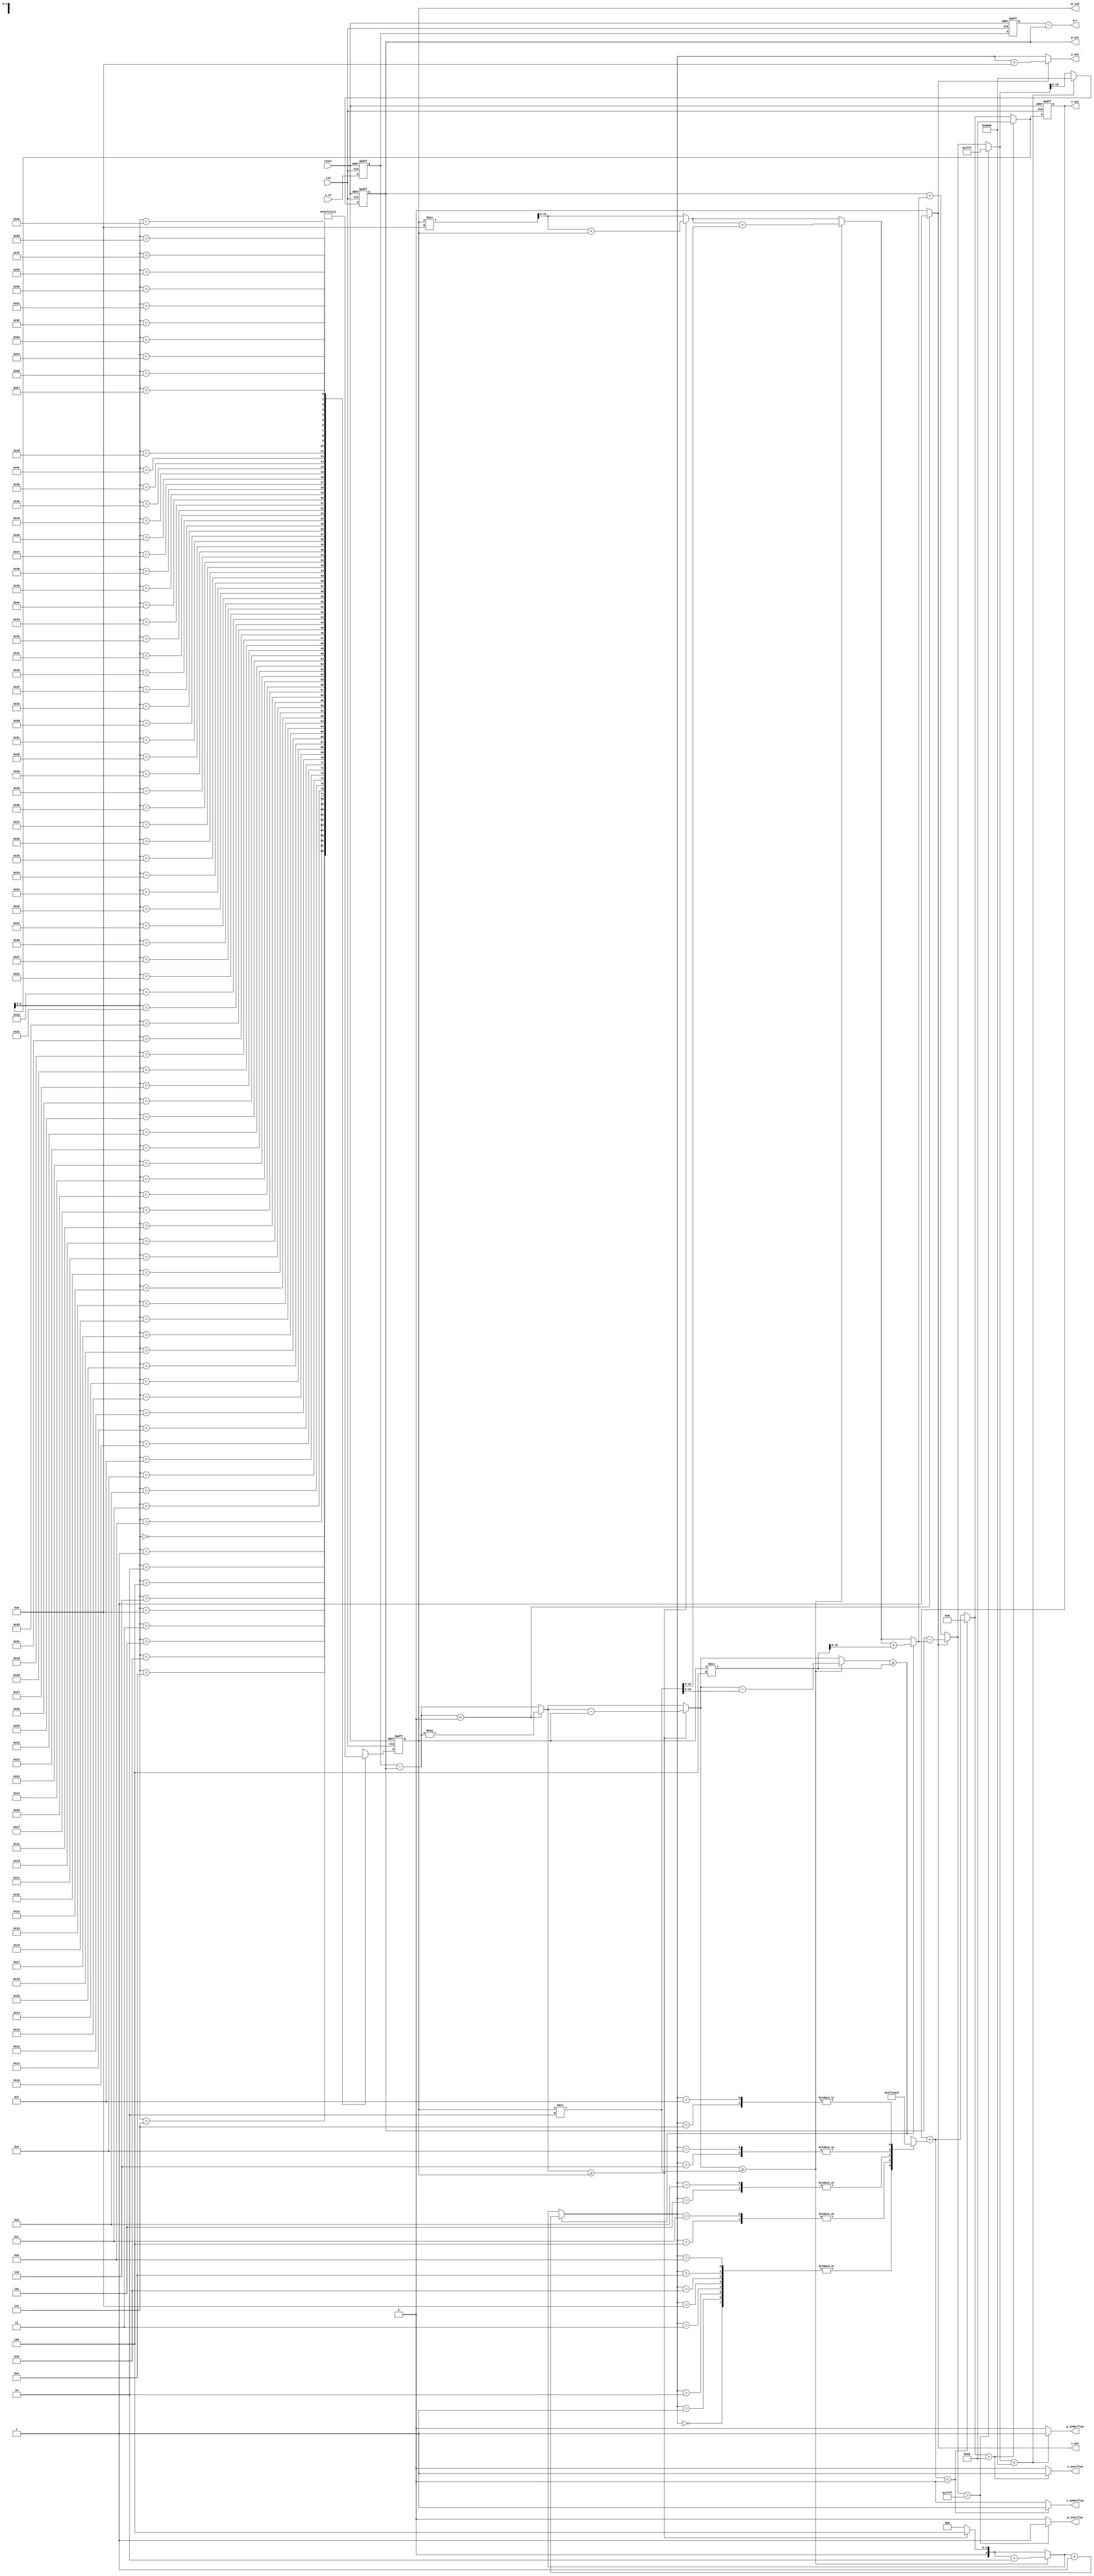
//*********************************************************
// IEEE STD 1364-2001 Verilog file: adpcm.v
// Author-EMAIL: Uwe.Meyer-Baese@ieee.org
//*********************************************************

module adpcm  //----> Interface
( input clk,  // System clock
  input reset,  // Asynchron reset
  input signed [15:0] x_in,  // Input to encoder
  output [3:0] y_out,  // 4 bit ADPCM coding word
  output signed [15:0] p_out, // Predictor/decoder output
  output reg p_underflow, p_overflow, // Predictor flags
  output signed [7:0] i_out,  // Index to table
  output reg i_underflow, i_overflow, // Index flags
  output signed [15:0] err,  // Error of system
  output [14:0] sz_out,  // Step size
  output s_out);  // Sign bit

// --------------------------------------------------------
reg signed [15:0] va, va_d; // Current signed adpcm input
reg sign ; // Current adpcm sign bit
reg [3:0]  sdelta; // Current signed adpcm output
reg [14:0] step; // Stepsize
reg signed [15:0] sstep; // Stepsize including sign
reg signed [15:0] valpred; // Predicted output value
reg signed [7:0] index; // Current step change index
reg signed [16:0] diff0, diff1, diff2, diff3;
// Difference val - valprev
reg signed [16:0] p1, p2, p3;  // Next valpred
reg signed [7:0] i1, i2, i3;  // Next index
reg [3:0] delta2, delta3, delta4;
// Current absolute adpcm output
reg [14:0] tStep;
reg signed [15:0] vpdiff2, vpdiff3, vpdiff4 ;
// Current change to valpred
// Quantization lookup table has 89 entries
wire [14:0] t [0:88];
// ADPCM step variation table
wire signed [4:0] indexTable [0:15];

assign indexTable[0]=-1; assign indexTable[1]=-1;
assign indexTable[2]=-1; assign indexTable[3]=-1;
assign indexTable[4]=2; assign indexTable[5]=4;
assign indexTable[6]=6; assign indexTable[7]=8;
assign indexTable[8]=-1; assign indexTable[9]=-1;
assign indexTable[10]=-1; assign indexTable[11]=-1;
assign indexTable[12]=2; assign indexTable[13]=4;
assign indexTable[14]=6; assign indexTable[15]=8;

// --------------------------------------------------------
assign t[0]=7; assign t[1]=8; assign t[2]=9;
assign t[3]=10; assign t[4]=11; assign t[5]=12;
assign t[6]= 13; assign t[7]= 14; assign t[8]= 16;
assign t[9]= 17; assign t[10]= 19; assign t[11]= 21;
assign t[12]= 23; assign t[13]= 25; assign t[14]= 28;
assign t[15]= 31; assign t[16]= 34; assign t[17]= 37;
assign t[18]= 41; assign t[19]= 45; assign t[20]= 50;
assign t[21]= 55; assign t[22]= 60; assign t[23]= 66;
assign t[24]= 73; assign t[25]= 80; assign t[26]= 88;
assign t[27]= 97; assign t[28]= 107; assign t[29]= 118;
assign t[30]= 130; assign t[31]= 143; assign t[32]= 157;
assign t[33]= 173; assign t[34]= 190; assign t[35]= 209;
assign t[36]= 230; assign t[37]= 253; assign t[38]= 279;
assign t[39]= 307; assign t[40]= 337; assign t[41]= 371;
assign t[42]= 408; assign t[43]= 449; assign t[44]= 494;
assign t[45]= 544; assign t[46]= 598; assign t[47]= 658;
assign t[48]= 724; assign t[49]= 796; assign t[50]= 876;
assign t[51]= 963; assign t[52]= 1060;assign t[53]= 1166;
assign t[54]= 1282; assign t[55]= 1411;assign t[56]=1552;
assign t[57]= 1707; assign t[58]= 1878;assign t[59]=2066;
assign t[60]= 2272; assign t[61]= 2499;assign t[62]=2749;
assign t[63]= 3024; assign t[64]= 3327;assign t[65]=3660;
assign t[66]= 4026; assign t[67]= 4428;assign t[68]=4871;
assign t[69]= 5358; assign t[70]= 5894;assign t[71]=6484;
assign t[72]= 7132; assign t[73]= 7845;assign t[74]=8630;
assign t[75]=9493; assign t[76]=10442;assign t[77]=11487;
assign t[78]= 12635; assign t[79]= 13899;
assign t[80]= 15289; assign t[81]= 16818;
assign t[82]= 18500; assign t[83]= 20350;
assign t[84]= 22385; assign t[85]= 24623;
assign t[86]= 27086; assign t[87]= 29794;
assign t[88]= 32767;

// --------------------------------------------------------
always @(posedge clk or posedge reset) begin : Encode
    if (reset) begin // Asynchronous clear
        va <= 0; 
        va_d <= 0;
        step <= 0; 
        index <= 0;
        valpred <= 0;
    end else begin // Store in register
        va_d <= va;  // Delay signal for error comparison
        va <= x_in;
        step <= t[i3];
        index <= i3;
        valpred <= p3;  // Store predicted in register
    end
end

always @(va, va_d,step,index,valpred) begin
    // ------ State 1: Compute difference from predicted sample
    diff0 = va - valpred;
    if (diff0 < 0) begin
        sign = 1;  // Set sign bit if negative
        diff1 = -diff0;// Use absolute value for quantization
    end else begin
        sign = 0;
        diff1 = diff0;
    end
    // State 2: Quantize by devision and
    // State 3: compute inverse quantization
    // Compute: delta=floor(diff(k)*4./step(k)); and
    // vpdiff(k)=floor((delta(k)+.5).*step(k)/4);
    if (diff1 >= step) begin // bit 2
        delta2 = 4;
        diff2 = diff1 - step;
        vpdiff2 = step/8 + step;
    end else begin
        delta2 = 0;
        diff2 = diff1;
        vpdiff2 = step/8;
    end
    if (diff2 >= step/2) begin //// bit3
        delta3 = delta2 + 2 ;
        diff3 = diff2 - step/2;
        vpdiff3 = vpdiff2 + step/2;
    end else begin
        delta3 = delta2;
        diff3 = diff2;
        vpdiff3 = vpdiff2;
    end
    if (diff3 >= step/4) begin
        delta4 = delta3 + 1;
        vpdiff4 = vpdiff3 + step/4;
    end else begin
        delta4 = delta3;
        vpdiff4 = vpdiff3;
    end
    // State 4: Adjust predicted sample based on inverse
    if (sign)  // quantized
        p1 = valpred - vpdiff4;
    else
        p1 = valpred + vpdiff4;
    //------- State 5: Threshold to maximum and minimum -----
    if (p1 > 32767) begin // Check for 16 bit range
        p2 = 32767; 
        p_overflow <= 1;//2^15-1 twos complement
    end else begin
        p2 = p1; p_overflow <= 0;
    end
    if (p2 < -32768) begin // -2^15
        p3 = -32768; 
        p_underflow <= 1;
    end else begin
        p3 = p2; 
        p_underflow <= 0;
    end
    // State 6: Update the stepsize and index for stepsize LUT
    i1 = index + indexTable[delta4];
    if (i1 < 0) begin  // Check index range [0...88]
        i2 = 0; 
        i_underflow <= 1;
    end else begin
        i2 = i1; 
        i_underflow <= 0;
    end
    if (i2 > 88) begin
        i3 = 88; 
        i_overflow <= 1;
    end else begin
        i3 = i2; 
        i_overflow <= 0;
    end
    if (sign)
        sdelta = delta4 + 8;
    else
        sdelta = delta4;
end

assign y_out = sdelta;  // Monitor some test signals
assign p_out = valpred;
assign i_out = index;
assign sz_out = step;
assign s_out = sign;
assign err = va_d - valpred;

endmodule